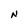
Character: N